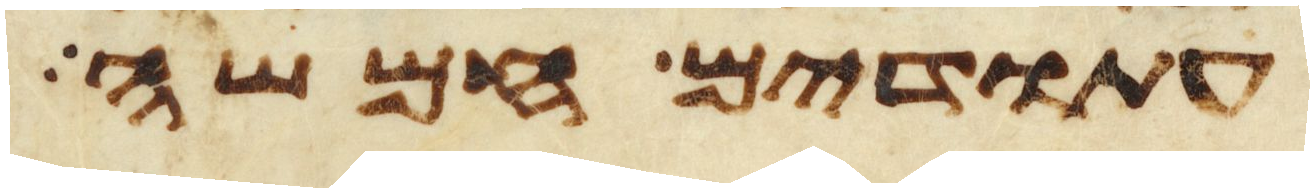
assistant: עתודים חמשה